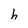
Character: h